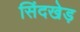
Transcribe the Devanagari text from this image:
सिंदखेड़